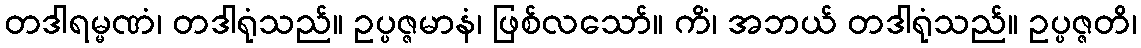
တဒါရမ္မဏံ၊ တဒါရုံသည်။ ဥပ္ပဇ္ဇမာနံ၊ ဖြစ်လသော်။ ကိံ၊ အဘယ် တဒါရုံသည်။ ဥပ္ပဇ္ဇတိ၊